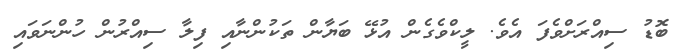
ބޮޑު ސިއްރަށްވެފަ އެވެ. ލީކްވެގެން އުޅޭ ބަޔާން ތަކުންނާއި ފިލާ ސިއްރުން ހުންނަވައި